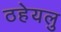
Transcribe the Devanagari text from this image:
ठहेयलु